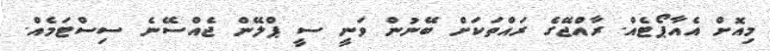
މިއޮށް އެއާޕޯޓެއް. ރާއްޖޭގެ ރައްތަކަށް ބޭނުން ވަނީ ސީ ޕްލޭން ޖެއްސޭނެ ސިސްޓަމެއް.